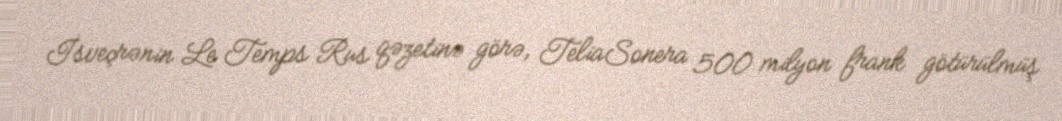
İsveçrənin Le Temps Rus qəzetinə görə, TeliaSonera 500 milyon frank götürülmüş